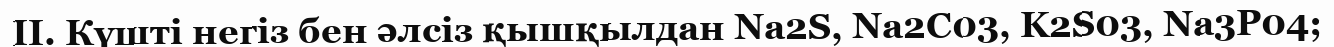
ІІ. Күшті негіз бен әлсіз қышқылдан Na2S, Na2C03, K2S03, Na3P04;